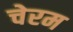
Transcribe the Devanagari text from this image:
चेरम